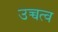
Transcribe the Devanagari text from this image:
उच्चत्व